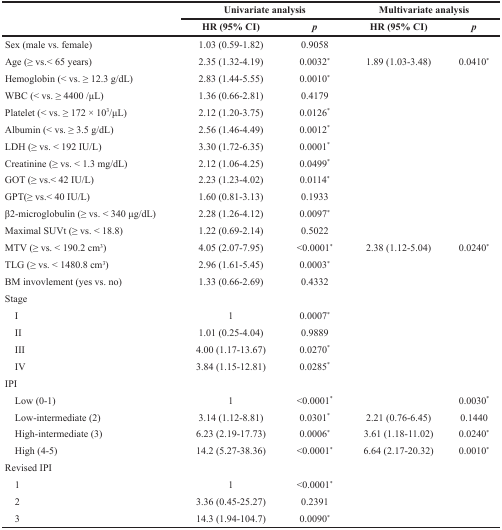
<table><thead><tr><td></td><td colspan="2"><b>Univariate analysis</b></td><td colspan="2"><b>Multivariate analysis</b></td></tr><tr><td></td><td><b>HR (95% CI)</b></td><td><b><i>p</i></b></td><td><b>HR (95% CI)</b></td><td><b><i>p</i></b></td></tr></thead><tbody><tr><td>Sex (male vs. female)</td><td>1.03 (0.59-1.82)</td><td>0.9058</td><td></td><td></td></tr><tr><td>Age (≥ vs.&lt; 65 years)</td><td>2.35 (1.32-4.19)</td><td>0.0032<sup>*</sup></td><td>1.89 (1.03-3.48)</td><td>0.0410<sup>*</sup></td></tr><tr><td>Hemoglobin (&lt; vs. ≥ 12.3 g/dL)</td><td>2.83 (1.44-5.55)</td><td>0.0010<sup>*</sup></td><td></td><td></td></tr><tr><td>WBC (&lt; vs. ≥ 4400 /μL)</td><td>1.36 (0.66-2.81)</td><td>0.4179</td><td></td><td></td></tr><tr><td>Platelet (&lt; vs. ≥ 172 × 10<sup>3</sup>/μL)</td><td>2.12 (1.20-3.75)</td><td>0.0126<sup>*</sup></td><td></td><td></td></tr><tr><td>Albumin (&lt; vs. ≥ 3.5 g/dL)</td><td>2.56 (1.46-4.49)</td><td>0.0012<sup>*</sup></td><td></td><td></td></tr><tr><td>LDH (≥ vs. &lt; 192 IU/L)</td><td>3.30 (1.72-6.35)</td><td>0.0001<sup>*</sup></td><td></td><td></td></tr><tr><td>Creatinine (≥ vs. &lt; 1.3 mg/dL)</td><td>2.12 (1.06-4.25)</td><td>0.0499<sup>*</sup></td><td></td><td></td></tr><tr><td>GOT (≥ vs.&lt; 42 IU/L)</td><td>2.23 (1.23-4.02)</td><td>0.0114<sup>*</sup></td><td></td><td></td></tr><tr><td>GPT(≥ vs.&lt; 40 IU/L)</td><td>1.60 (0.81-3.13)</td><td>0.1933</td><td></td><td></td></tr><tr><td>β2-microglobulin (≥ vs. &lt; 340 μg/dL)</td><td>2.28 (1.26-4.12)</td><td>0.0097<sup>*</sup></td><td></td><td></td></tr><tr><td>Maximal SUVt (≥ vs. &lt; 18.8)</td><td>1.22 (0.69-2.14)</td><td>0.5022</td><td></td><td></td></tr><tr><td>MTV (≥ vs. &lt; 190.2 cm<sup>3</sup>)</td><td>4.05 (2.07-7.95)</td><td>&lt;0.0001<sup>*</sup></td><td>2.38 (1.12-5.04)</td><td>0.0240<sup>*</sup></td></tr><tr><td>TLG (≥ vs. &lt; 1480.8 cm<sup>3</sup>)</td><td>2.96 (1.61-5.45)</td><td>0.0003<sup>*</sup></td><td></td><td></td></tr><tr><td>BM invovlement (yes vs. no)</td><td>1.33 (0.66-2.69)</td><td>0.4332</td><td></td><td></td></tr><tr><td>Stage</td><td></td><td></td><td></td><td></td></tr><tr><td> I</td><td>1</td><td>0.0007<sup>*</sup></td><td></td><td></td></tr><tr><td> II</td><td>1.01 (0.25-4.04)</td><td>0.9889</td><td></td><td></td></tr><tr><td> III</td><td>4.00 (1.17-13.67)</td><td>0.0270<sup>*</sup></td><td></td><td></td></tr><tr><td> IV</td><td>3.84 (1.15-12.81)</td><td>0.0285<sup>*</sup></td><td></td><td></td></tr><tr><td>IPI</td><td></td><td></td><td></td><td></td></tr><tr><td> Low (0-1)</td><td>1</td><td>&lt;0.0001<sup>*</sup></td><td></td><td>0.0030<sup>*</sup></td></tr><tr><td> Low-intermediate (2)</td><td>3.14 (1.12-8.81)</td><td>0.0301<sup>*</sup></td><td>2.21 (0.76-6.45)</td><td>0.1440</td></tr><tr><td> High-intermediate (3)</td><td>6.23 (2.19-17.73)</td><td>0.0006<sup>*</sup></td><td>3.61 (1.18-11.02)</td><td>0.0240<sup>*</sup></td></tr><tr><td> High (4-5)</td><td>14.2 (5.27-38.36)</td><td>&lt;0.0001<sup>*</sup></td><td>6.64 (2.17-20.32)</td><td>0.0010<sup>*</sup></td></tr><tr><td>Revised IPI</td><td></td><td></td><td></td><td></td></tr><tr><td> 1</td><td>1</td><td>&lt;0.0001<sup>*</sup></td><td></td><td></td></tr><tr><td> 2</td><td>3.36 (0.45-25.27)</td><td>0.2391</td><td></td><td></td></tr><tr><td> 3</td><td>14.3 (1.94-104.7)</td><td>0.0090<sup>*</sup></td><td></td><td></td></tr></tbody></table>